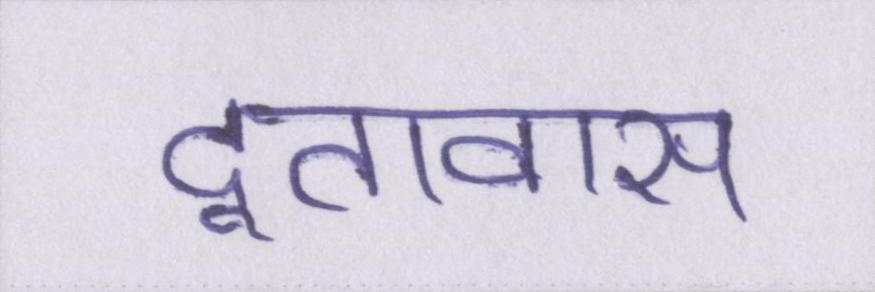
दूतावास